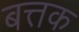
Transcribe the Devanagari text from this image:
बत्तक